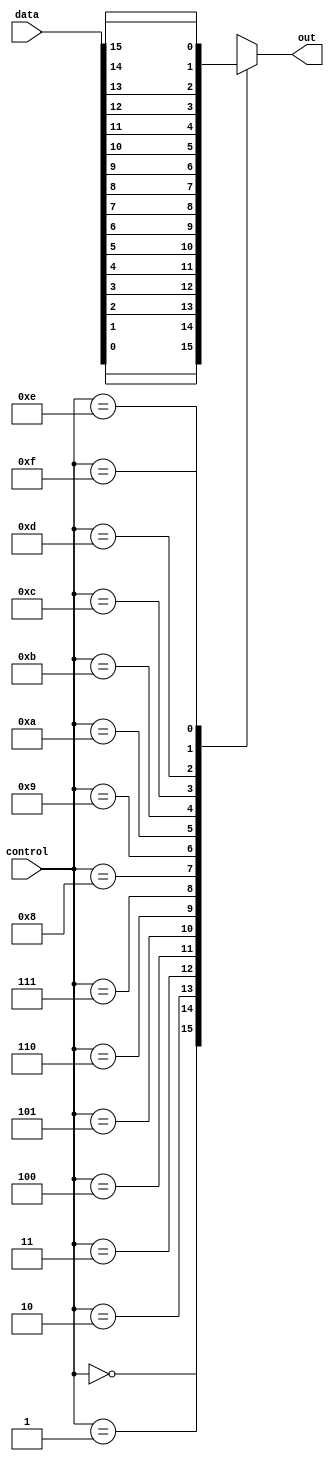
module mux16to1 (
    input [15:0] data,
    input [3:0] control,
    output reg out
);

always @* begin
    case (control)
        0: out = data[0];
        1: out = data[1];
        2: out = data[2];
        3: out = data[3];
        4: out = data[4];
        5: out = data[5];
        6: out = data[6];
        7: out = data[7];
        8: out = data[8];
        9: out = data[9];
        10: out = data[10];
        11: out = data[11];
        12: out = data[12];
        13: out = data[13];
        14: out = data[14];
        15: out = data[15];
    endcase
end

endmodule